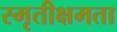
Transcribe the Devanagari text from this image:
स्मृतीक्षमता